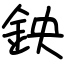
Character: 鉠